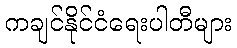
ကချင်နိုင်ငံရေးပါတီများ